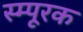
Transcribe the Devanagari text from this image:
स्म्पूरक